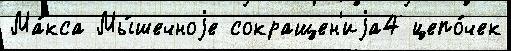
Ма́кса Мы́шечноjе сокращен'иjа4 цепо́чек